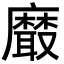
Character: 黀